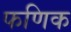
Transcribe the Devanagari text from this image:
फणिक